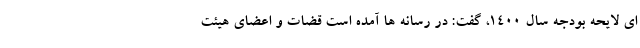
ای لایحه بودجه سال 1400، گفت: در رسانه ها آمده است قضات و اعضای هیئت